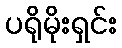
ပရိုမိုးရှင်း